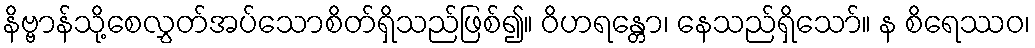
နိဗ္ဗာန်သို့စေလွှတ်အပ်သောစိတ်ရှိသည်ဖြစ်၍။ ဝိဟရန္တော၊ နေသည်ရှိသော်။ န စိရေဿဝ၊